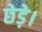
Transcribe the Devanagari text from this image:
छेड़े।